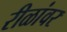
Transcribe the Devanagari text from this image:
रीळांवर